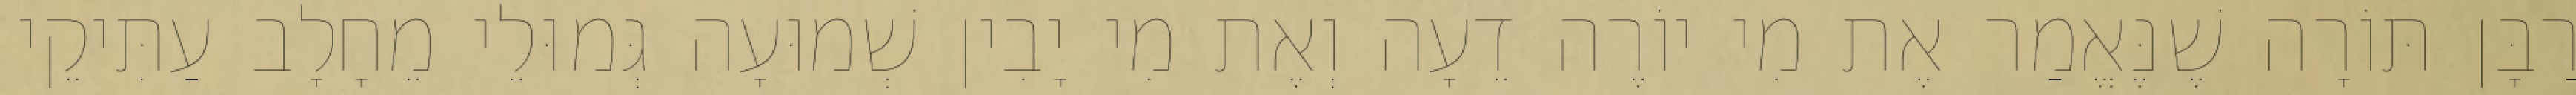
רַבָּן תּוֹרָה שֶׁנֶּאֱמַר אֶת מִי יוֹרֶה דֵעָה וְאֶת מִי יָבִין שְׁמוּעָה גְּמוּלֵי מֵחָלָב עַתִּיקֵי